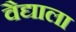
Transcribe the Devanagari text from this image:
वैद्याला